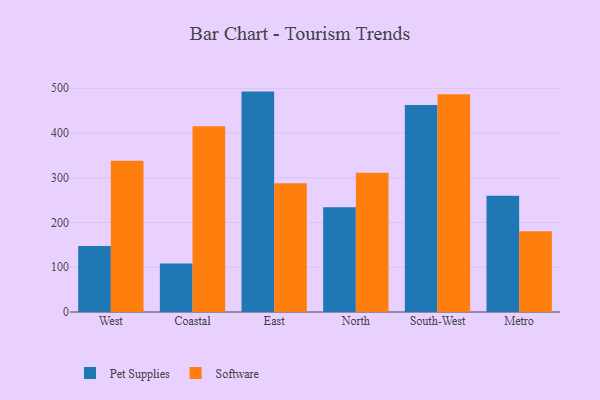
{"axis": {"x": "Region", "y": "Temperature (°C)"}, "legend": ["Pet Supplies", "Software"], "data": [{"x": "West", "y": 147.4, "type": "Pet Supplies"}, {"x": "West", "y": 338.1, "type": "Software"}, {"x": "Coastal", "y": 108.6, "type": "Pet Supplies"}, {"x": "Coastal", "y": 414.8, "type": "Software"}, {"x": "East", "y": 492.5, "type": "Pet Supplies"}, {"x": "East", "y": 287.5, "type": "Software"}, {"x": "North", "y": 234.2, "type": "Pet Supplies"}, {"x": "North", "y": 311.2, "type": "Software"}, {"x": "South-West", "y": 462.5, "type": "Pet Supplies"}, {"x": "South-West", "y": 486.8, "type": "Software"}, {"x": "Metro", "y": 259.6, "type": "Pet Supplies"}, {"x": "Metro", "y": 180.2, "type": "Software"}]}